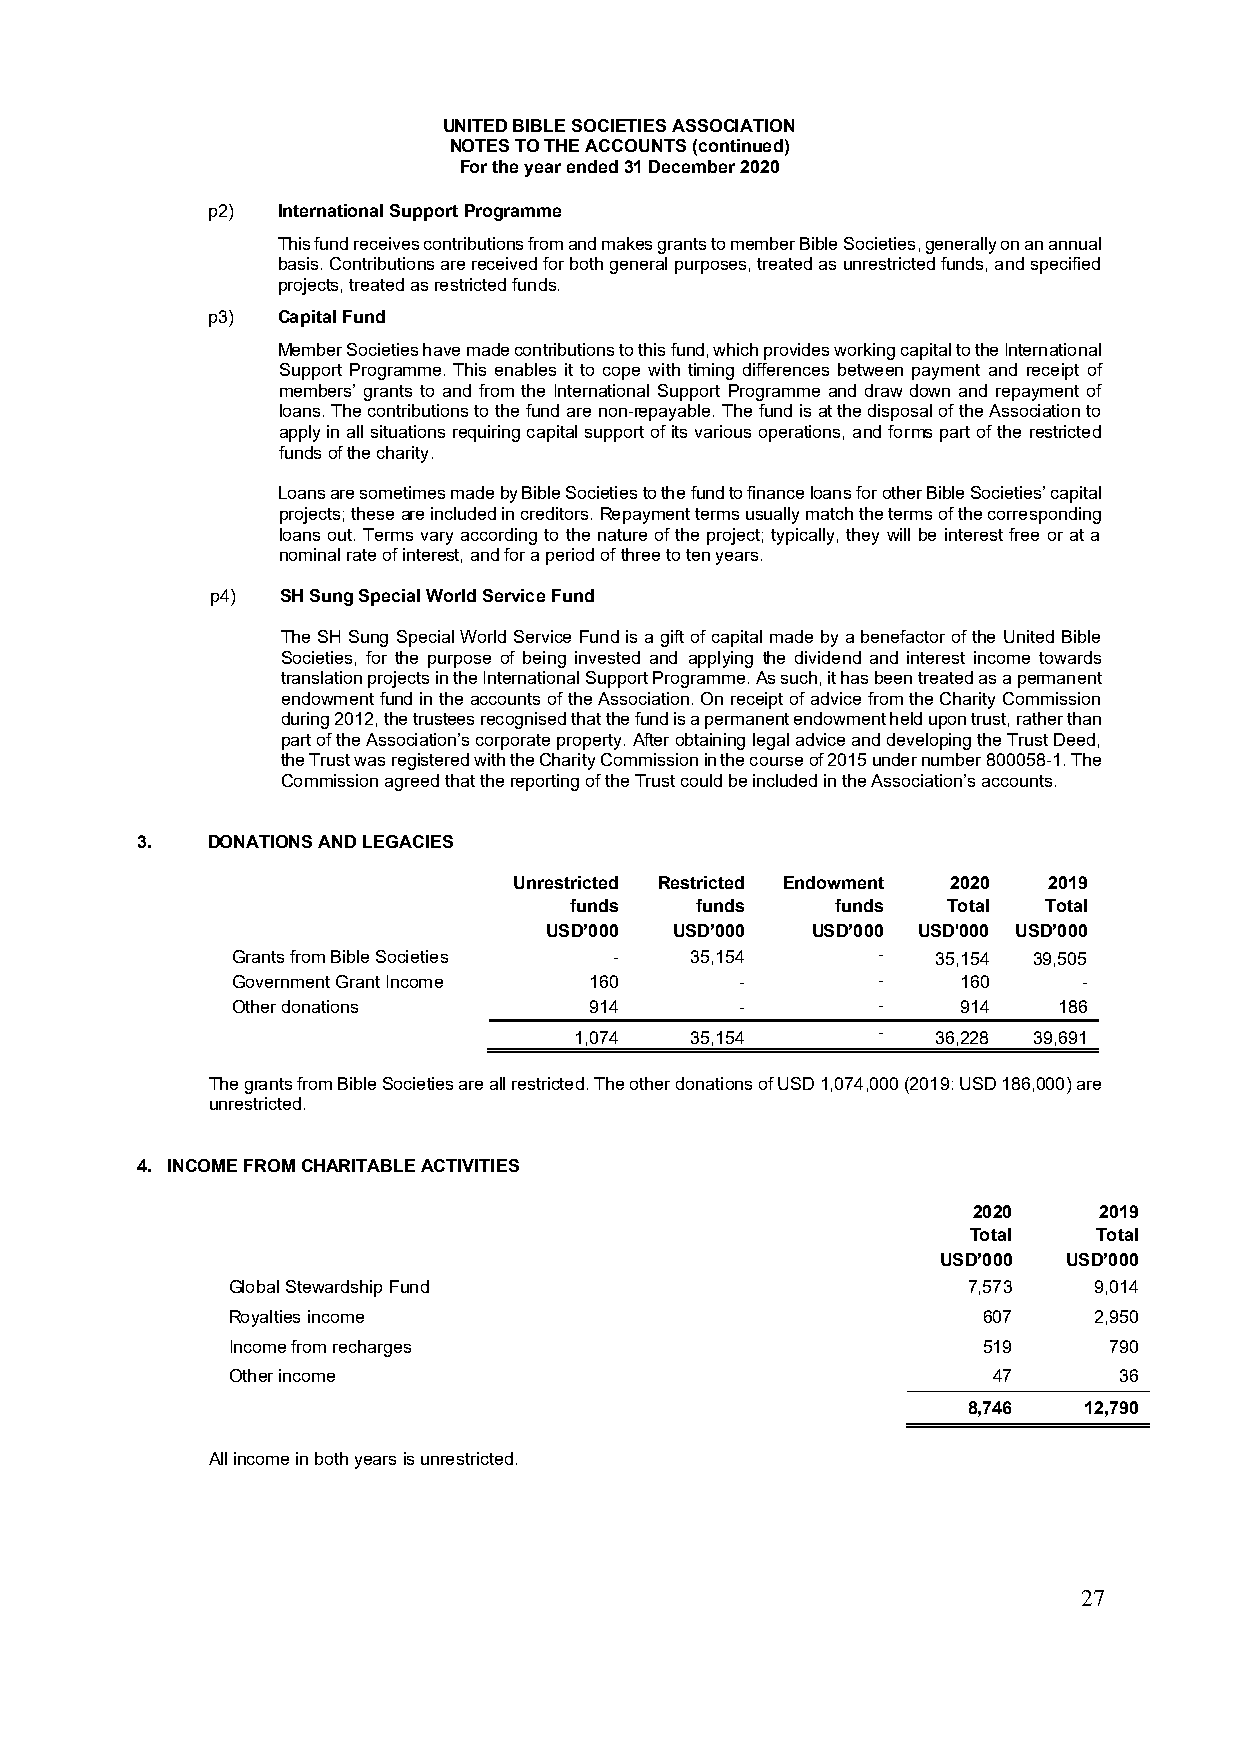
UNITED BIBLE SOCIETIES ASSOCIATION
 NOTES TO THE ACCOUNTS (continued)
 For the year ended 31 December 2020
 p2) International Support Programme
 This fund receives contributions from and makes grants to member Bible Societies, generally on an annual
 basis. Contributions are received for both general purposes, treated as unrestricted funds, and specified
 projects, treated as restricted funds.
 p3) Capital Fund
 Member Societies have made contributions to this fund, which provides working capital to the International
 Support Programme. This enables it to cope with timing differences between payment and receipt of
 members’ grants to and from the International Support Programme and draw down and repayment of
 loans. The contributions to the fund are non-repayable. The fund is at the disposal of the Association to
 apply in all situations requiring capital support of its various operations, and forms part of the restricted
 funds of the charity.
 Loans are sometimes made by Bible Societies to the fund to finance loans for other Bible Societies’ capital
 projects; these are included in creditors. Repayment terms usually match the terms of the corresponding
 loans out. Terms vary according to the nature of the project; typically, they will be interest free or at a
 nominal rate of interest, and for a period of three to ten years.
 p4)  SH Sung Special World Service Fund
 The SH Sung Special World Service Fund is a gift of capital made by a benefactor of the United Bible
 Societies, for the purpose of being invested and applying the dividend and interest income towards
 translation projects in the International Support Programme. As such, it has been treated as a permanent
 endowment fund in the accounts of the Association. On receipt of advice from the Charity Commission
 during 2012, the trustees recognised that the fund is a permanent endowment held upon trust, rather than
 part of the Association’s corporate property. After obtaining legal advice and developing the Trust Deed,
 the Trust was registered with the Charity Commission in the course of 2015 under number 800058-1. The
 Commission agreed that the reporting of the Trust could be included in the Association’s accounts.
 3.   DONATIONS AND LEGACIES
 Unrestricted Restricted Endowment 2020 2019
 funds   funds    funds   Total Total
 USD’000  USD’000  USD’000 USD'000 USD’000
 Grants from Bible Societies -  35,154      -   35,154 39,505
 Government Grant Income 160       -        -    160      -
 Other donations         914       -        -    914    186
 1,074   35,154
 -
 36,228 39,691
 The grants from Bible Societies are all restricted. The other donations of USD 1,074,000 (2019: USD 186,000) are
 unrestricted.
 4. INCOME FROM CHARITABLE ACTIVITIES
 2020     2019
 Total    Total
 USD’000  USD’000
 Global Stewardship Fund                          7,573   9,014
 Royalties income                                  607    2,950
 Income from recharges                             519     790
 Other income                                       47      36
 8,746   12,790
 All income in both years is unrestricted.
 27